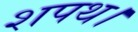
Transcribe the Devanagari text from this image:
शपथ।